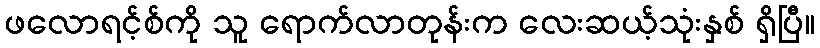
ဖလောရင့်စ်ကို သူ ရောက်လာတုန်းက လေးဆယ့်သုံးနှစ် ရှိပြီ။